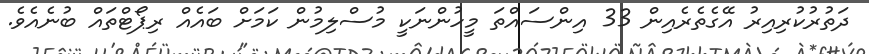
ދަތުރުކުރިއިރު އޭގެތެރެއިން 33 އިންސައްތަ މީހުންނަކީ މުސްލިމުން ކަމަށް ބައެއް ރިޕޯޓްތައް ބުނެއެވެ.